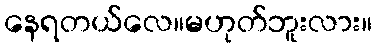
နေရတယ်လေ။မဟုတ်ဘူးလား။